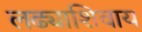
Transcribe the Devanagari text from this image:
लढ्याशिवाय